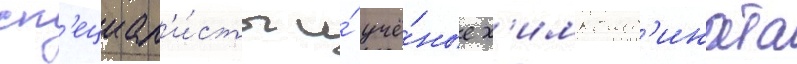
сп'ециал'и́сты и́ учё́ные х'имкомб'ината